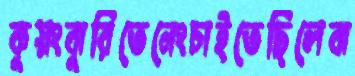
কুয়ংঝুরিতেনেংচাইতেছিলেঝ